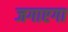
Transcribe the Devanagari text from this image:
जगाएगा